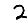
Digit: 2